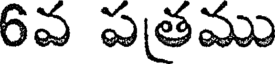
6వ పత్రము